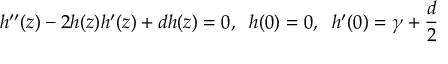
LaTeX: h ^ { \prime \prime } ( z ) - 2 h ( z ) h ^ { \prime } ( z ) + d h ( z ) = 0 , \; \; h ( 0 ) = 0 , \; \; h ^ { \prime } ( 0 ) = \gamma + \frac { d } { 2 }